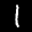
Label: 1